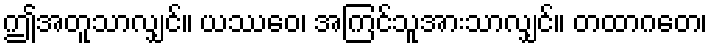
ဤအတူသာလျှင်။ ယဿေဝ၊ အကြင်သူအားသာလျှင်။ တထာဂတေ၊